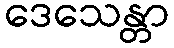
ဒေသေန္တာ